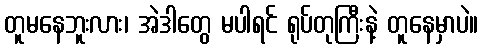
တူမနေဘူးလား၊ အဲဒါတွေ မပါရင် ရုပ်တုကြီးနဲ့ တူနေမှာပဲ။